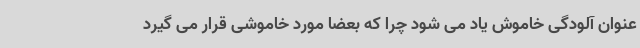
عنوان آلودگی خاموش یاد می شود چرا که بعضا مورد خاموشی قرار می گیرد